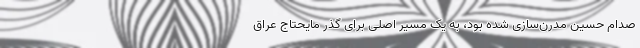
صدام حسین مدرن‌سازی شده بود، به یک مسیر اصلی برای گذر مایحتاج عراق